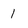
Character: 1